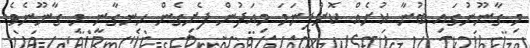
މި ގާނޫނުގައި ބުނާ ކުށެއް ކޮށްފިނަމަ މިއަދުން ފެށިގެން ހިނގާނީ މި ގާނޫނެވެ.